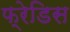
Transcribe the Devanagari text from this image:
फ्रेडिस